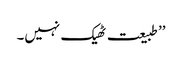
’’طبیعت ٹھیک نہیں۔